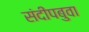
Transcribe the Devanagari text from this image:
संदीपबुवा